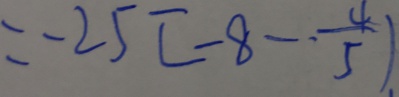
= - 2 5 [ - 8 - \frac { 4 } { 5 } ) .